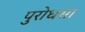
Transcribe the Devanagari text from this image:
पुरोधसा